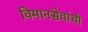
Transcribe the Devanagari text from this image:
विमानसेवांची